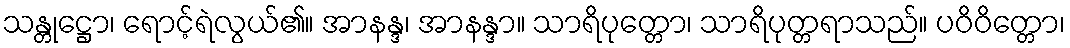
သန္တုဋ္ဌော၊ ရောင့်ရဲလွယ်၏။ အာနန္ဒ၊ အာနန္ဒာ။ သာရိပုတ္တော၊ သာရိပုတ္တရာသည်။ ပဝိဝိတ္တော၊